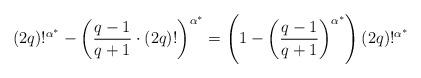
LaTeX: \begin{align*}(2q)!^{\alpha^*}-\left(\frac{q-1}{q+1} \cdot (2q)!\right)^{\alpha^*}=\left(1-\left(\frac{q-1}{q+1}\right)^{\alpha^*} \right)(2q)!^{\alpha^*}\end{align*}